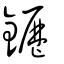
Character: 䥶